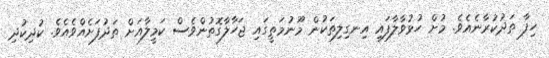
ހިފާ ތަދުކުރާނެއެވެ. މުށް ހުޅުވާލާފައި އިނގިލިތަކުން މޫނުމަތީގައި ޖަހާލާގޮތުންވެސް ކަމީލާއަށް ތަދުފަށެއްވެއެވެ. ކުދިކުދި